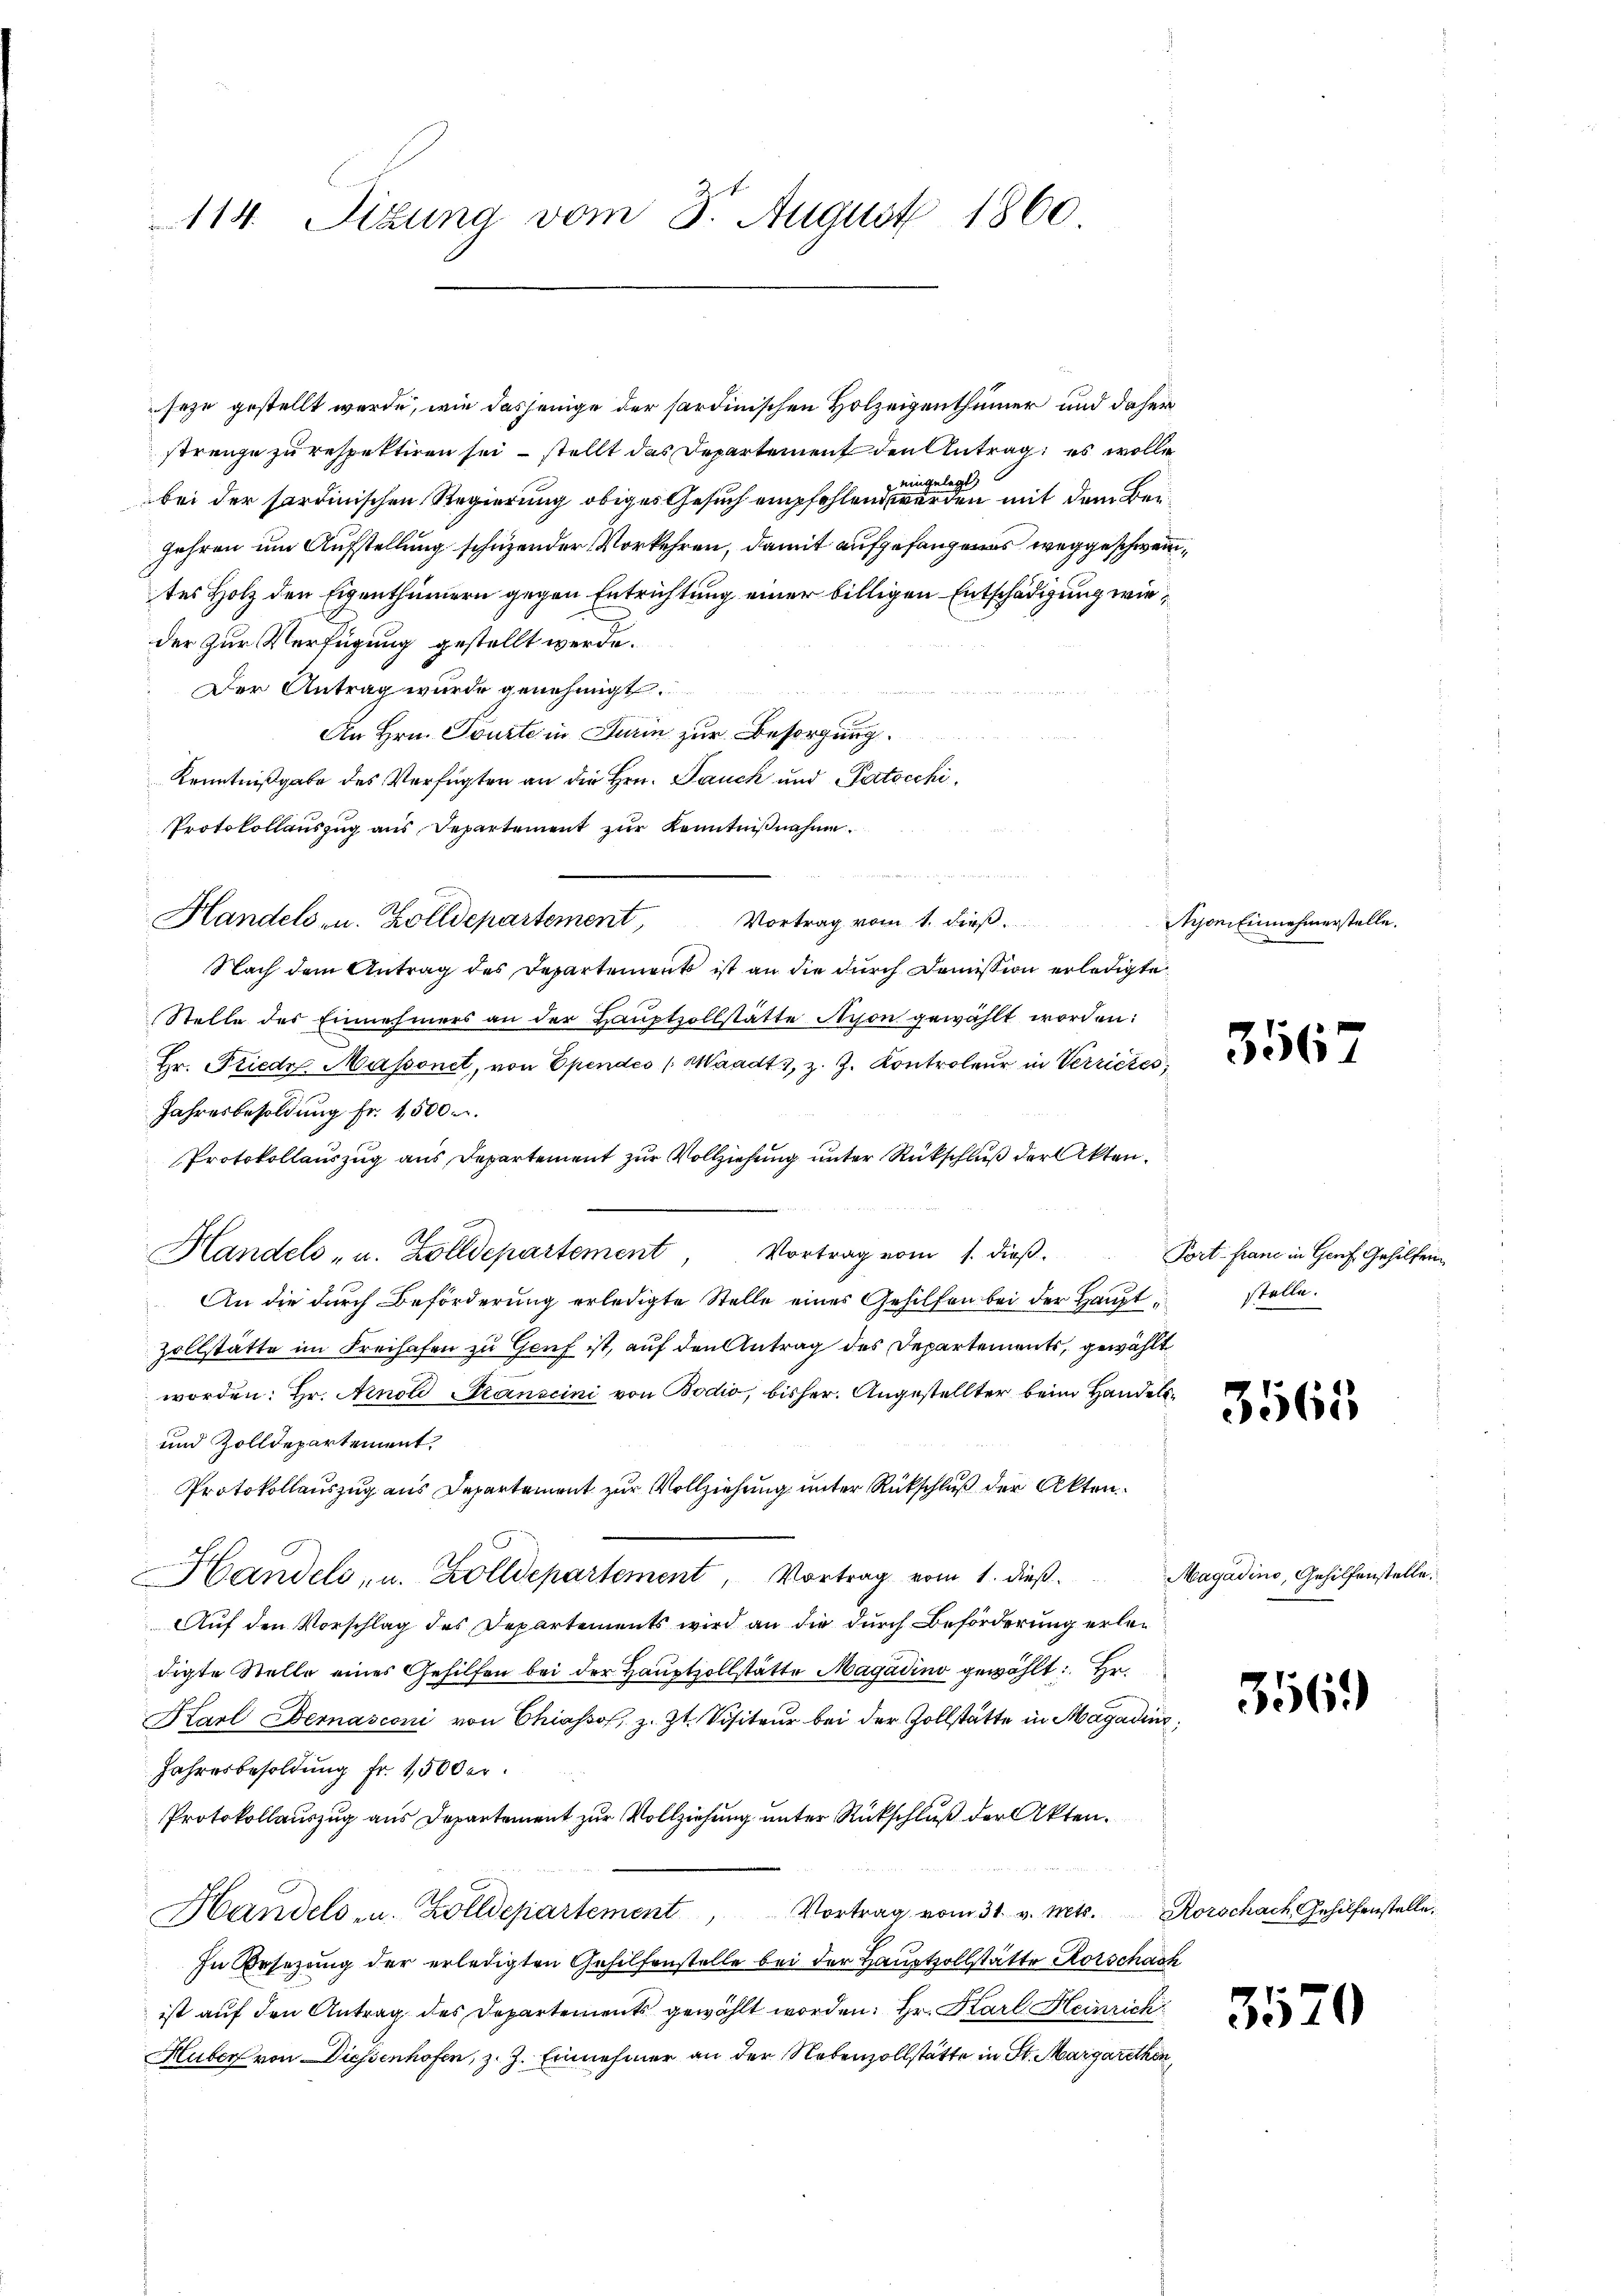
Der Antrag wurde genehmigt.
An Hrn. Tourte in Turin zur Besorgung.
Kenntnißgabe des Verfügten an die Hrn. Pauck und Patocchi¬
Protokollauszug aus Departement zur Kenntnißnahme
   wenn ein
Handels- u. Zolldepartement, Vortrag vom 1. dieβ.
Nach dem Antrag des Departement ist an die durch Domission erledigte
Stelle des Einnahmers an der Hauptzollstätte von gewählt worden:
Hr. Friede Massonet, von Ependes Waadt 3, z. Z. Kontroleur in Verrictes,
Jahresbesoldung fr. 1500.
Protokollauszug aus Departement zur Vollziehung unter Rückschluß der Akten.
Handels- u. Zolldepartement, Vortrag vom 1. dieβ.
An die durch Beförderung erledigte Stelle eines Gehilfen bei der Haupt¬
Zollstätte im Freihafen zu Genf ist, auf den Antrag des Departements, gewählt
worden: Hr. Arnold Kanscini von Bodio, bisher. Angestellter beim Handels¬
und Zolldepartement.
Protokollauszug aus Departement zur Vollziehung unter Rückschluß der Akten¬
Handels, u. Zolldepartement, Vortrag vom 1. dieß.
Auf den Vorschlag des Departements wird an die durch Beförderung erledigte Stelle eines Gehilfen bei der Hauptzollstätte Magadino gewählt: Hr.
Karl Bernasconi von Chiasso, z. Zt. Visiteur bei der Zollstätte in Magadins
Jahresbesoldung Fr. 1,500 er
Protokollauszug aus Departement zur Vollziehung unter Rückschluß der Akten.
Handels- u. Zolldepartement, Vortrag vom 31. v. Mts. Rorschach Gehilfenstelle.
In Ersezung der erledigten Gehilfenstelle bei der Hauptvollstätte Rorschach
ist auf den Antrag des Departements gewählt worden. Hr. Karl Heinrich
Huber von Diessenhofen, z. Z. Einnehmer an der Nebenzollstätte in St. Margarethen,

114. Situng vom 8. August 1860.

seze gestellt werde, wie dasjenige der sardinischen Holzeigenthümer und daher
strenge zu respektiren sei, – stellt das Departement den Antrag es wolle
elegt,
wig
bei der sardinischen Regierung obiges Gesuch empfehlend werden mit dem Beijahren um Aufstellung schuzender Vorkehren, damit aufgefangenes weggeschweites Holz den Eigenthümern gegen Entrichtung einer billigen Entschädigung wieder zur Verfügung gestellt werde.

jon Einnehmerstelle

3567

Port- franz in Genf Gehilfen
stelle.

3565

Magadino, Gehilfenstelle.

3569)

3570